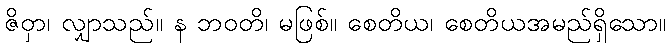
ဇိဝှာ၊ လျှာသည်။ န ဘဝတိ၊ မဖြစ်။ စေတိယ၊ စေတိယအမည်ရှိသော။